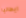
ايطاليا